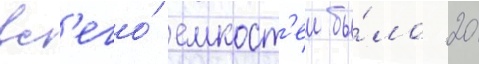
вс'его́ емкост'еи бы́ло 20